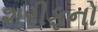
શરીફનો